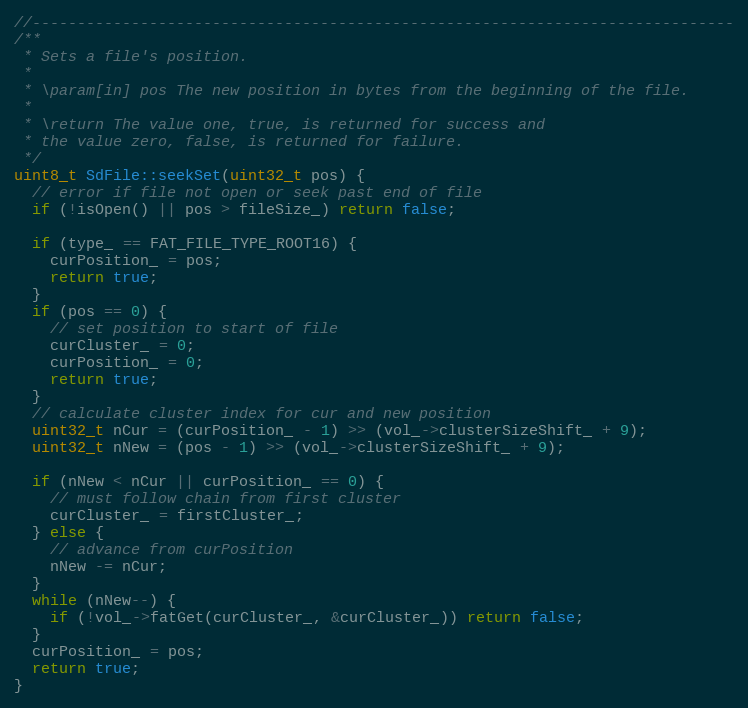
Language: C++
//------------------------------------------------------------------------------
/**
 * Sets a file's position.
 *
 * \param[in] pos The new position in bytes from the beginning of the file.
 *
 * \return The value one, true, is returned for success and
 * the value zero, false, is returned for failure.
 */
uint8_t SdFile::seekSet(uint32_t pos) {
  // error if file not open or seek past end of file
  if (!isOpen() || pos > fileSize_) return false;

  if (type_ == FAT_FILE_TYPE_ROOT16) {
    curPosition_ = pos;
    return true;
  }
  if (pos == 0) {
    // set position to start of file
    curCluster_ = 0;
    curPosition_ = 0;
    return true;
  }
  // calculate cluster index for cur and new position
  uint32_t nCur = (curPosition_ - 1) >> (vol_->clusterSizeShift_ + 9);
  uint32_t nNew = (pos - 1) >> (vol_->clusterSizeShift_ + 9);

  if (nNew < nCur || curPosition_ == 0) {
    // must follow chain from first cluster
    curCluster_ = firstCluster_;
  } else {
    // advance from curPosition
    nNew -= nCur;
  }
  while (nNew--) {
    if (!vol_->fatGet(curCluster_, &curCluster_)) return false;
  }
  curPosition_ = pos;
  return true;
}